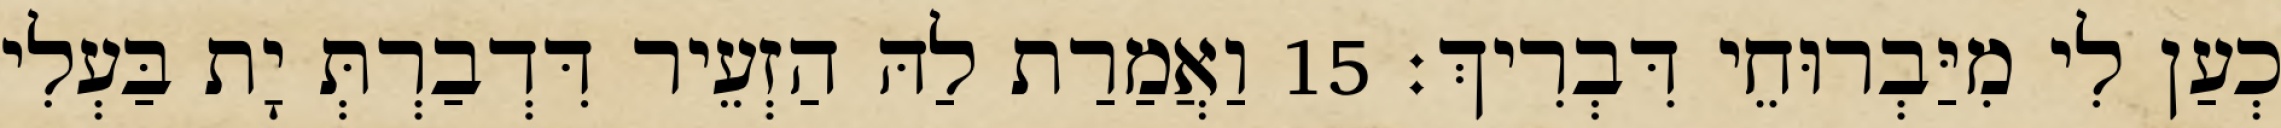
כְעַן לִי מִיַּבְרוּחֵי דִּבְרִיךְ׃ 15 וַאֲמַרַת לַהּ הַזְעֵיר דִּדְבַרְתְּ יָת בַּעְלִי